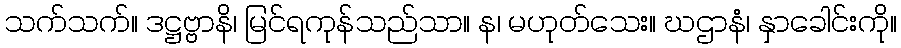
သက်သက်။ ဒဋ္ဌဗ္ဗာနိ၊ မြင်ရကုန်သည်သာ။ န၊ မဟုတ်သေး။ ဃဌာနံ၊ နှာခေါင်းကို။